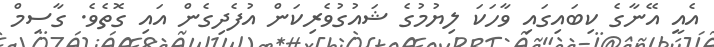
އެއީ އޭނާގެ ކިބައިގައި ވާހަކަ ލިޔުމުގެ ޝައުގުވެރިކަން އުފެދިގެން އައި ގޮތެވެ. ގާސިމް